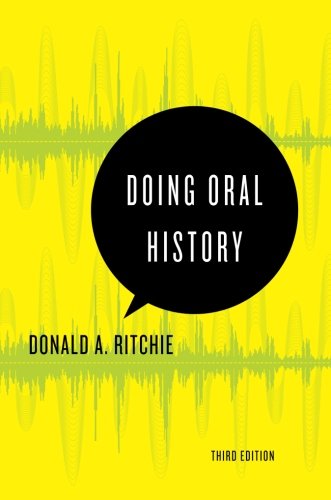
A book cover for Doing Oral History (Oxford Oral History Series); Donald A. Ritchie; History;